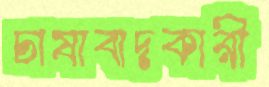
চাষাবাদকারী